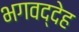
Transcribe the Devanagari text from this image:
भगवद्देह